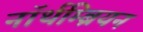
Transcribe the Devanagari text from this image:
नॉर्थम्ब्रियन